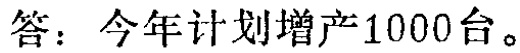
答：今年计划增产1000台。